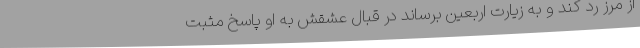
از مرز رد کند و به زیارت اربعین برساند در قبال عشقش به او پاسخ مثبت